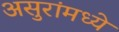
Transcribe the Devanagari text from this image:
असुरांमध्ये